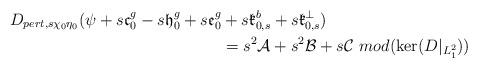
LaTeX: \begin{align*}D_{pert,s\chi_0\eta_0}(\psi+s\mathfrak{c}_0^g-s\mathfrak{h}^g_0+s\mathfrak{e}^g_0&+s\mathfrak{k}^b_{0,s}+s\mathfrak{k}^{\perp}_{0,s})\\&=s^2\mathcal{A}+s^2\mathcal{B}+s\mathcal{C} \mbox{ }mod(\ker(D|_{L^2_1}))\end{align*}